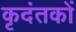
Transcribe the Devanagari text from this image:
कृदंतकों